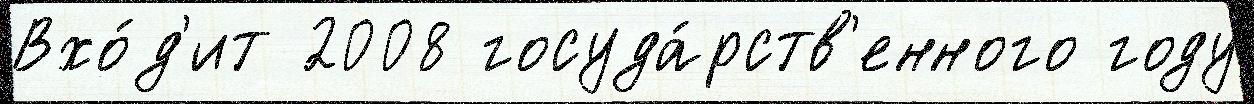
Вхо́д'ит 2008 госуда́рств'енного году